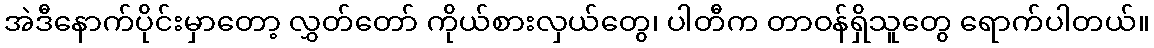
အဲဒီနောက်ပိုင်းမှာတော့ လွှတ်တော် ကိုယ်စားလှယ်တွေ၊ ပါတီက တာဝန်ရှိသူတွေ ရောက်ပါတယ်။